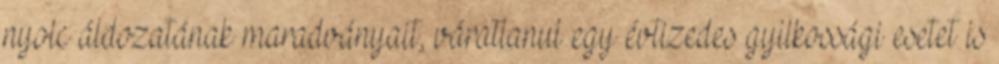
nyolc áldozatának maradványait, váratlanul egy évtizedes gyilkossági esetet is